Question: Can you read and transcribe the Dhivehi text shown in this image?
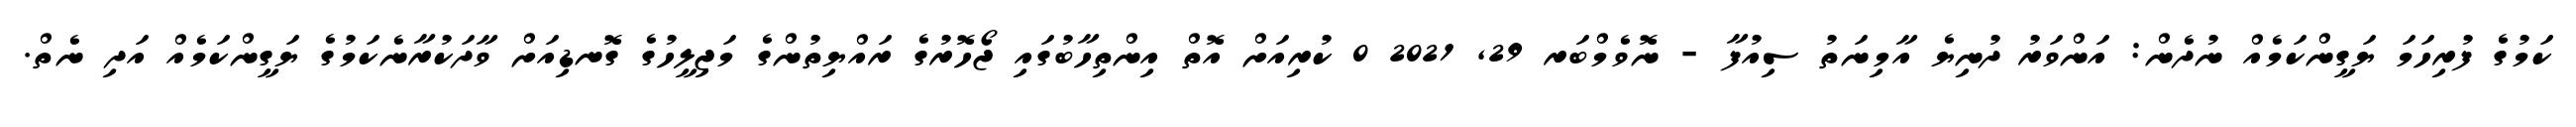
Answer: ކަމުގެ ފުރިހަމަ ޔަގީންކަމެއް ނުދެން: އަންވަރު ދުނިޔެ އާމިނަތު ސިއުފާ - ނޮވެމްބަރ 29, 2021 0 ކުރިއަށް އޮތް އިންތިހާބުގައި ޖޯހޮރުގެ ރައްޔިތުންގެ މަޖިލީހުގެ ގޮނޑިއަށް ވާދަކުރާނެކަމުގެ ޔަގީންކަމެއް އަދި ނެތް.